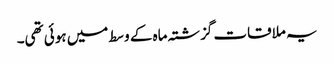
یہ ملاقات گزشتہ ماہ کے وسط میں ہوئی تھی۔